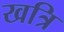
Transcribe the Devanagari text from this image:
खत्रि